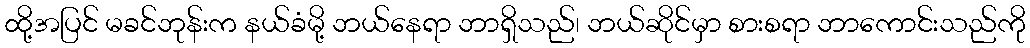
ထို့အပြင် မခင်ဘုန်းက နယ်ခံမို့ ဘယ်နေရာ ဘာရှိသည်၊ ဘယ်ဆိုင်မှာ စားစရာ ဘာကောင်းသည်ကို